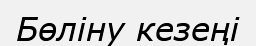
Бөліну кезеңі